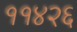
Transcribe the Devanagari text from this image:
११४२६